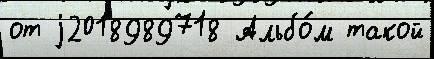
от j2018989718 Альбо́м такой